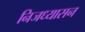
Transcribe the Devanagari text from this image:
निजध्यासन